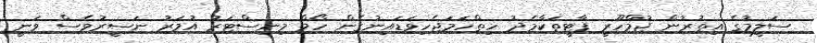
ސަލީމުގެ އިތުރުން ޖުމްހޫރީ ޕާޓީތަކާމެދު ހިތްހަމަޖެހިވަޑައިނުގެން ހޯމް މިނިސްޓަރު އުމަރު ނަސީރުވެސް ވަނީ